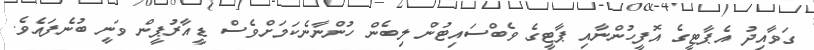
ގަވާއިދު އެޕާޓީގެ އޮފީހުންނާއި ޕާޓީގެ ވެބްސައިޓުން ލިބެން ހުންނާނެކަމަށްވެސް ޑީއާރުޕީން ވަނީ ބުނެފައެވެ.